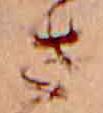
さ